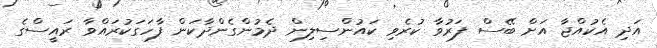
އަދި އެކުއްޖާ އަށް ބޭސް ފަރުވާ ކުރެވި ކައުންސިލިން ދެމުންގެންދާކަން ފާހަގަކުރައްވާ ރައީސްގެ